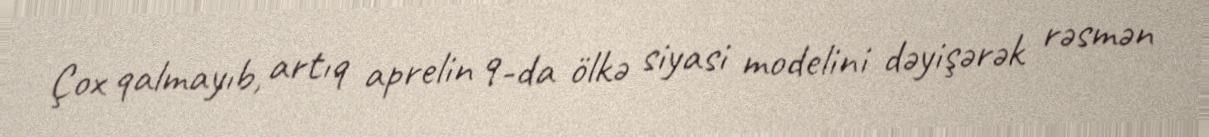
Çox qalmayıb, artıq aprelin 9-da ölkə siyasi modelini dəyişərək rəsmən